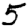
Digit: 5